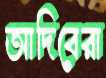
আদিবেরা